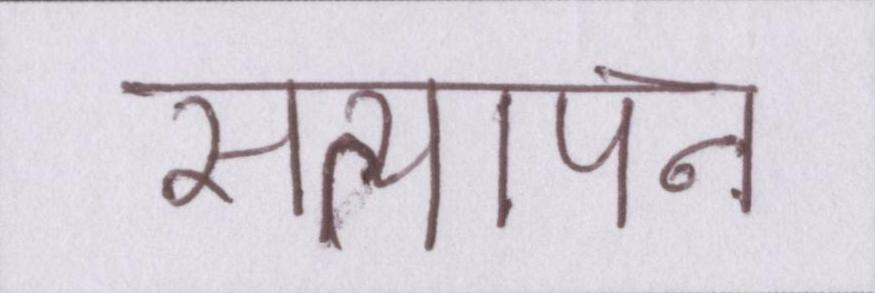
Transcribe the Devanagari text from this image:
सत्यापन